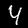
Digit: 4